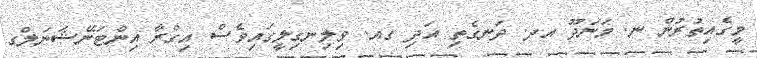
މީގެއިތުރުން ނ. މަނަދޫ އދ. ދަނގެތި އަދި ގއ. ވިލިނގިލީގައިވެސް އިގްރާ އިންޓަނޭޝަނަލްގ